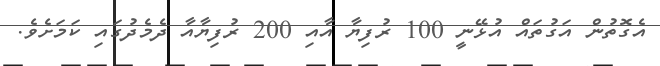
އެގޮތުން އަގުތައް އުޅޭނީ 100 ރުފިޔާ އާއި 200 ރުފިޔާއާ ދެމެދުގައި ކަމަށެވެ.